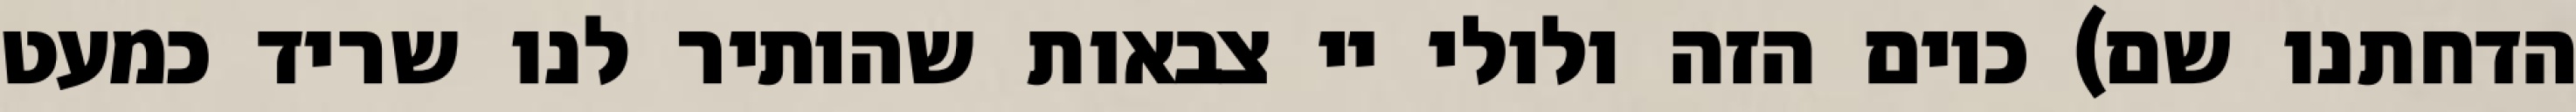
הדחתנו שם) כיום הזה ולולי יי צבאות שהותיר לנו שריד כמעט